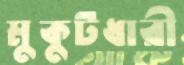
মুকুটধারী